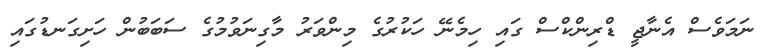
ނަމަވެސް އެނާޖީ ޑްރިންކްސް ގައި ހިމެނޭ ހަކުރުގެ މިންވަރު މާގިނަވުމުގެ ސަބަބުން ހަށިގަނޑުގައި